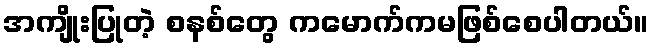
အကျိုးပြုတဲ့ စနစ်တွေ ကမောက်ကမဖြစ်စေပါတယ်။